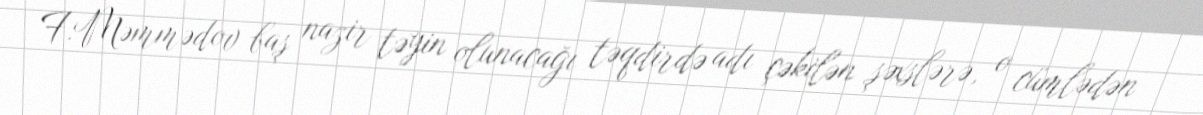
F.Məmmədov baş nazir təyin olunacağı təqdirdə adı çəkilən şəxslərə, o cümlədən